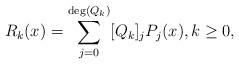
LaTeX: \begin{align*}R_k(x)=\sum\limits_{j=0}^{\textnormal{deg}(Q_k)}[Q_k]_jP_j(x),k\geq 0,\end{align*}